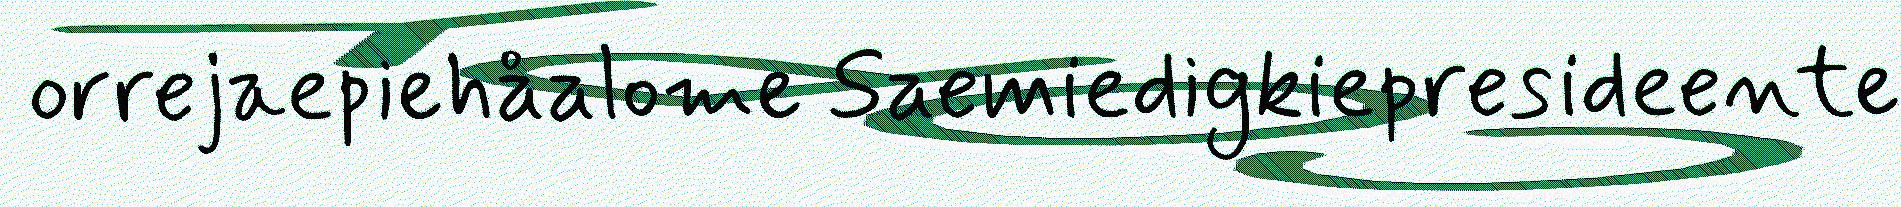
orrejaepiehåalome Saemiedigkiepresideente